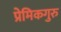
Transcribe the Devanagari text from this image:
प्रेमिकगुरु